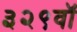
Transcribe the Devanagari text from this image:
३२९वॉ